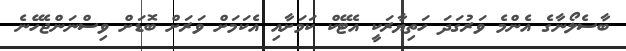
ބާސެލޯނާގެ އެންމެ ވަރުގަދަ ހަތިޔާރަކީ އެޓޭކް ކަމަށާއި އެކަމަށް ވަރަށް ބޮޑަށް ވިސްނަންޖެހޭނެ